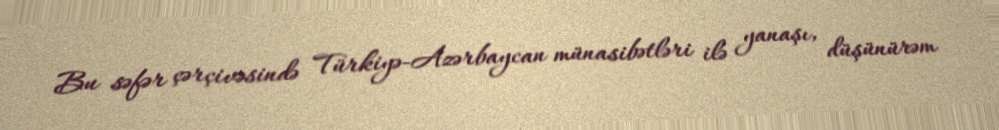
Bu səfər çərçivəsində Türkiyə-Azərbaycan münasibətləri ilə yanaşı, düşünürəm